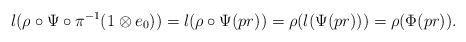
LaTeX: \begin{align*}l(\rho\circ \Psi\circ \pi^{-1}(1\otimes e_0))= l(\rho\circ \Psi(pr))=\rho(l(\Psi(pr)))=\rho(\Phi(pr)).\end{align*}